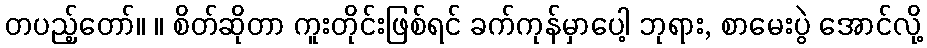
တပည့်တော်။ ။ စိတ်ဆိုတာ ကူးတိုင်းဖြစ်ရင် ခက်ကုန်မှာပေါ့ ဘုရား, စာမေးပွဲ အောင်လို့